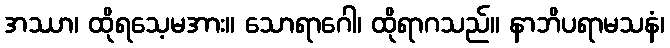
အဿာ၊ ထိုရသေ့မအား။ သောရာဂေါ၊ ထိုရာဂသည်။ နာဘိပရာမသနံ၊